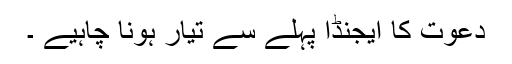
دعوت کا ایجنڈا پہلے سے تیار ہونا چاہیے ۔